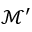
{ \mathcal { M } } ^ { \prime }